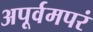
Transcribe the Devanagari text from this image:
अपूर्वमपरं